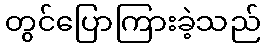
တွင်ပြောကြားခဲ့သည်